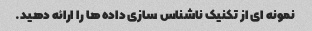
نمونه ای از تکنیک ناشناس سازی داده ها را ارائه دهید.